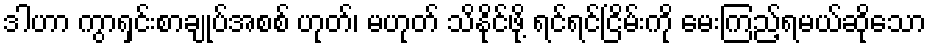
ဒါဟာ ကွာရှင်းစာချုပ်အစစ် ဟုတ်၊ မဟုတ် သိနိုင်ဖို့ ရင်ရင်ငြိမ်းကို မေးကြည့်ရမယ်ဆိုသော